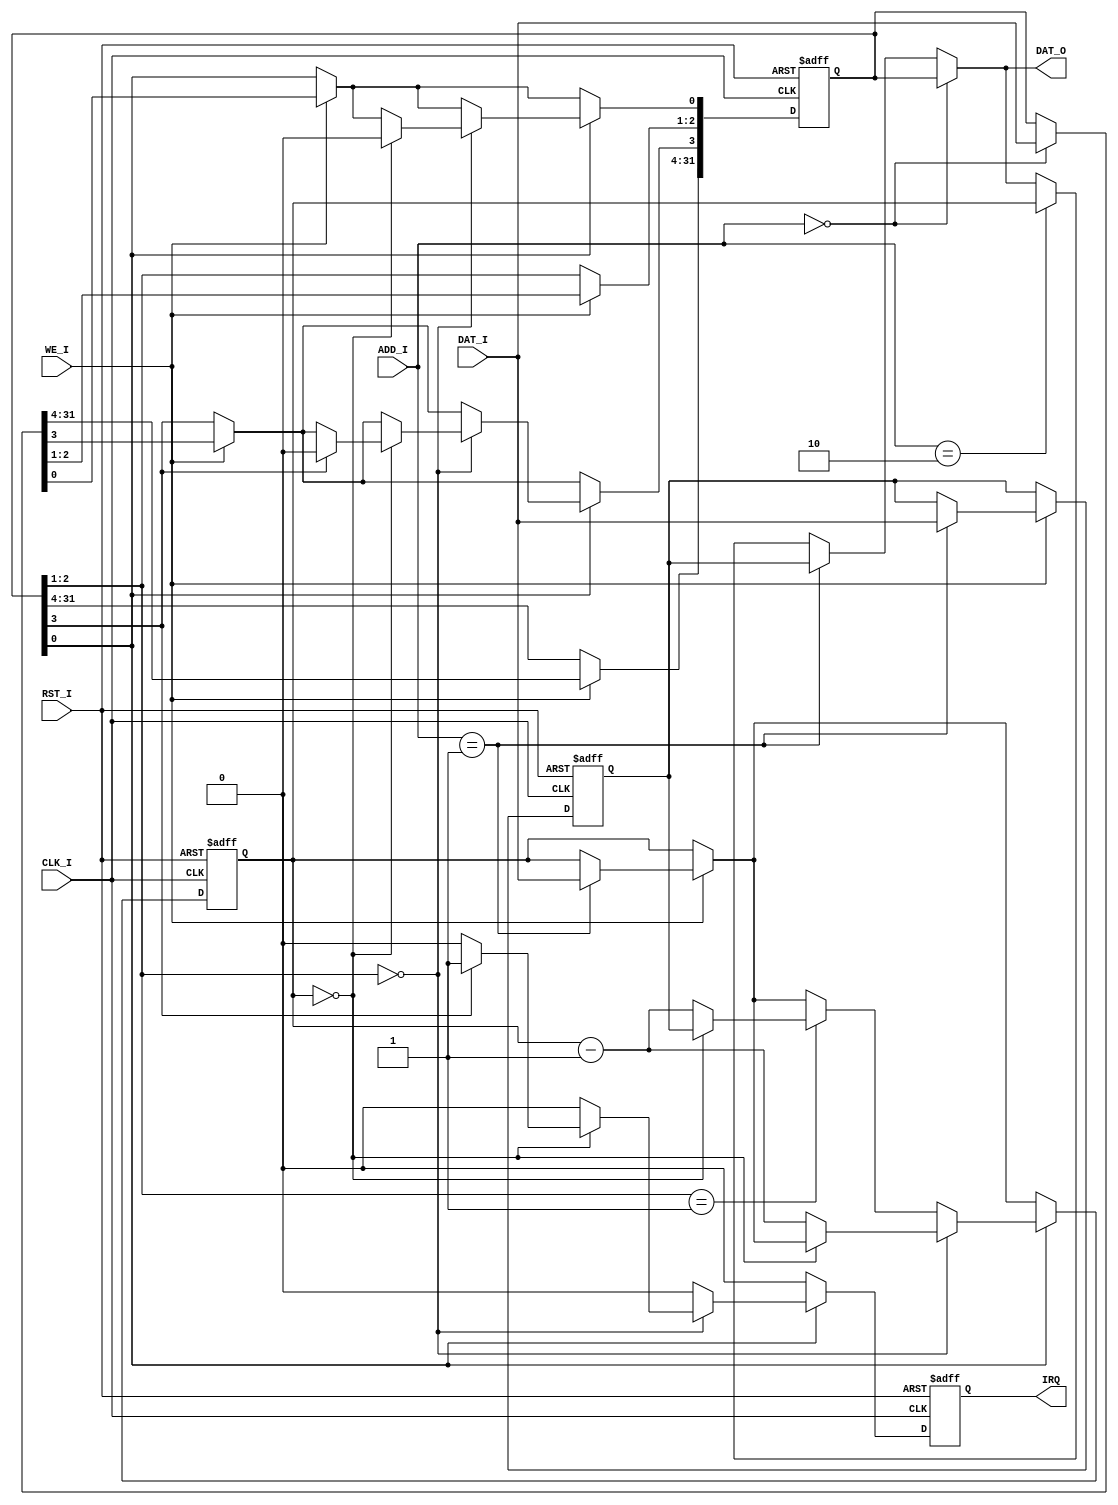
module timer(CLK_I,RST_I,WE_I,ADD_I,DAT_I,DAT_O,IRQ);
    input CLK_I;
	input RST_I;
    input WE_I;            //
    input [3:2] ADD_I;     //
    input [31:0] DAT_I;   //
    output [31:0] DAT_O;  //
    output reg IRQ;       //

    reg [31:0] ctrl;      // 
    reg [31:0] preset;    //  
    reg [31:0] count;     // 
 
    assign DAT_O = (ADD_I==2'b00)? ctrl:               //bridgcpu
                   (ADD_I==2'b01)? preset:
                   (ADD_I==2'b10)? count: DAT_O;

    always@(posedge CLK_I or posedge RST_I)
    begin
        if(RST_I)
        begin
            ctrl <= 32'd0;
            preset <= 32'd0;
            count <= 32'd0;
            IRQ <= 1'b0;
        end
        else
        begin
            if(WE_I)                   //cp0
            begin
                ctrl <= (ADD_I==2'b00)? DAT_I : ctrl;
                preset <= (ADD_I==2'b01)? DAT_I : preset;
                count <= (ADD_I==2'b01)? DAT_I : count;   //
            end

            if(IRQ==1) IRQ<=0;   //

            if(ctrl[0])  //1 
            begin    
                if(ctrl[2:1]==2'b00)  //0
                begin      
                    if(count == 2'b0) 
                    begin
                        ctrl[0] <= 0;            // 0 0
                        if(ctrl[3]==1) begin IRQ <= 1'b1; ctrl[3] <=0; end   //
                    end
                    else count <= count - 1;        //0
                end
                else if(ctrl[2:1]==2'b01)  //1
                begin    
                    if(count == 2'b0)
						begin
							count <= preset;   // 0 
							//if(ctrl[3]==1) IRQ <= 1'b1;           //
						end
					else count <= count - 1;
                end
            end
        end
    end

endmodule